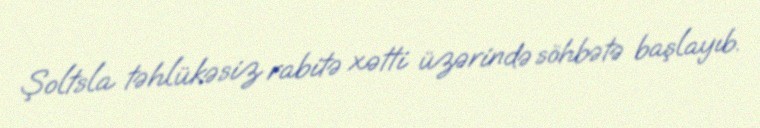
Şoltsla təhlükəsiz rabitə xətti üzərində söhbətə başlayıb.